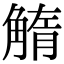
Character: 𧤓